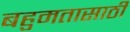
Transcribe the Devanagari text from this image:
बहुमतासाठी